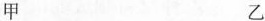
甲 乙